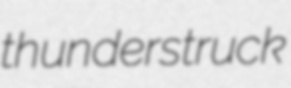
thunderstruck